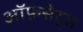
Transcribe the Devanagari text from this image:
ऑफ़सेट्स